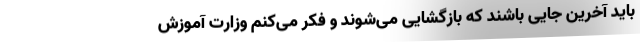
باید آخرین جایی باشند که بازگشایی می‌شوند و فکر می‌کنم وزارت آموزش